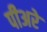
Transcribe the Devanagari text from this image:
पीअरे